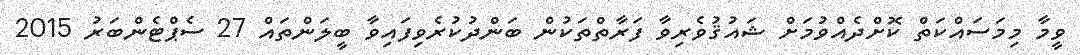
ވީމާ މިމަސައްކަތް ކޮށްދެއްވުމަށް ޝައުޤުވެރިވާ ފަރާތްތަކުން ބަންދުކުރެވިފައިވާ ބީލަންތައް 27 ސެޕްޓެންބަރު 2015